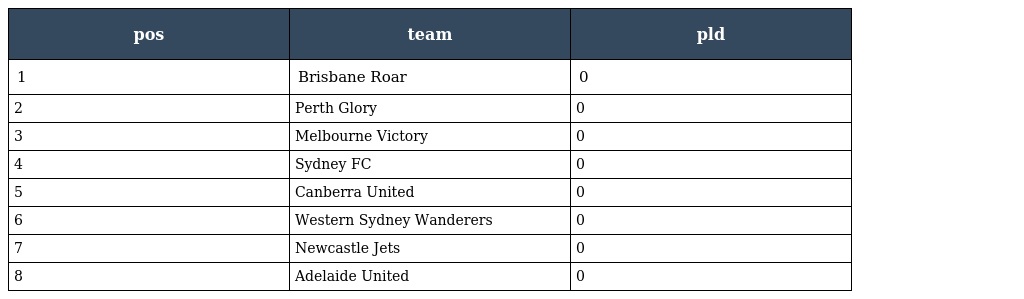
| pos | team | pld |
 | --- | --- | --- |
 | 1 | Brisbane Roar | 0 |
 | 2 | Perth Glory | 0 |
 | 3 | Melbourne Victory | 0 |
 | 4 | Sydney FC | 0 |
 | 5 | Canberra United | 0 |
 | 6 | Western Sydney Wanderers | 0 |
 | 7 | Newcastle Jets | 0 |
 | 8 | Adelaide United | 0 |